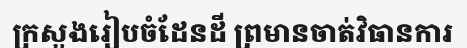
ក្រសួងរៀបចំដែនដី ព្រមានចាត់វិធានការ